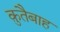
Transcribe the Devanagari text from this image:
क़ुतैबाह